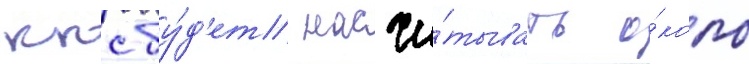
ккс бу́д'ет насчи́тывать о́коло